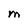
Character: M